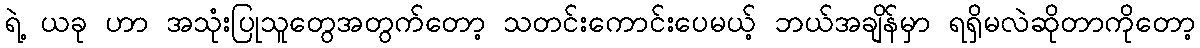
ရဲ့ ယခု ဟာ အသုံးပြုသူတွေအတွက်တော့ သတင်းကောင်းပေမယ့် ဘယ်အချိန်မှာ ရရှိမလဲဆိုတာကိုတော့